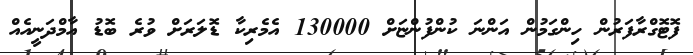
ފޮޓޮގްރާފަރުން ހިންގަމުން އަންނަ ކުންފުންޏަށް 130000 އެމެރިކާ ޑޮލަރަށް ވުރެ ބޮޑު އާމްދަނީއެއް